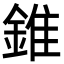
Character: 錐